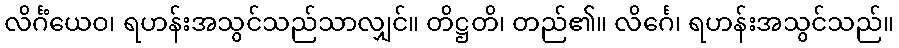
လိင်္ဂံယေဝ၊ ရဟန်းအသွင်သည်သာလျှင်။ တိဋ္ဌတိ၊ တည်၏။ လိင်္ဂေ၊ ရဟန်းအသွင်သည်။